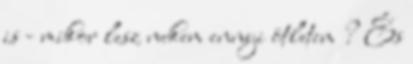
is - mikor lesz nekem ennyi ötletem ? És